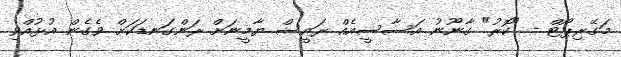
މަގޭރިޕޯޓް - "ކޮރު" ގާނޫނު އަސާސީއެއް ރައީސް ޔާމީނަށް ރަންގަނޑަކަށް ވެގެން އުޅުއްވި